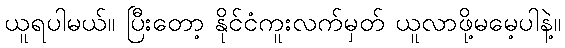
ယူရပါမယ်။ ပြီးတော့ နိုင်ငံကူးလက်မှတ် ယူလာဖို့မမေ့ပါနဲ့။